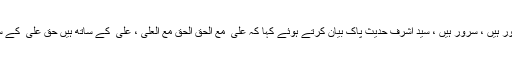
حسین ؑ چراغ ہدایت ہیں، حسین ؑ عقیدہ ہیں، حسین ؑ خدا کی بندگی کا حصول ہیں، نور ہیں ، سرور ہیں ، سید اشرف حدیث پاک بیان کرتے ہوئے کہا کہ علی ؑ مع الحق الحق مع العلی ، علی ؑ کے ساتھ ہیں حق علی ؑ کے ساتھ ہے، ساری دنیا حق کی تلاش کررہی ہیں اور حق علی ؑ کو تلاش کررہا ہے۔